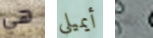
هي أيميلي بك